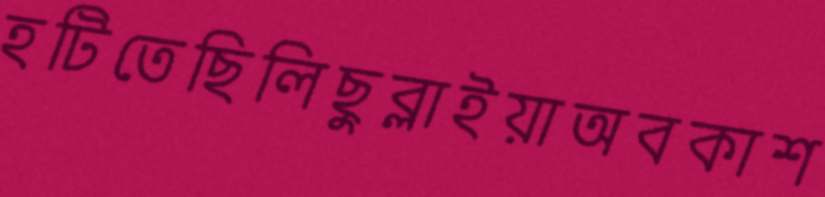
হটিতেছিলিছুব্‌লাইয়াঅবকাশ